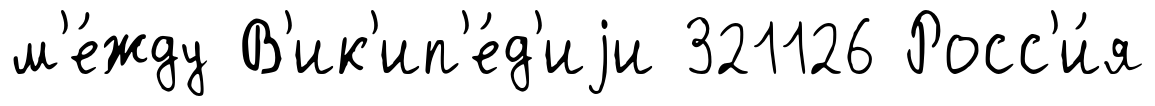
м'е́жду В'ик'ип'е́д'иjи 321126 Росс'и́я